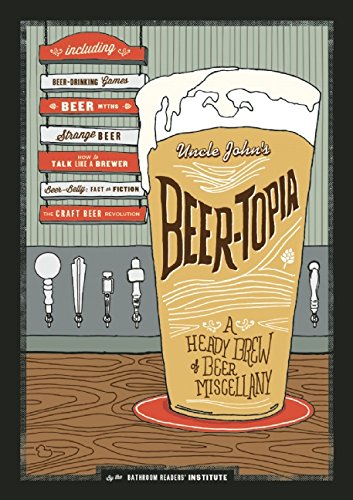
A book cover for Beer-Topia; Bathroom Readers' Institute; Humor & Entertainment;